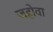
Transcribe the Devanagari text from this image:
जहोवा